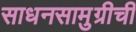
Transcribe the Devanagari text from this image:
साधनसामुग्रीची